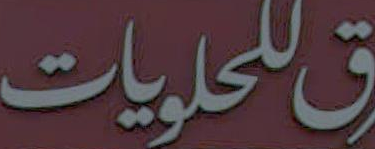
للحلويات